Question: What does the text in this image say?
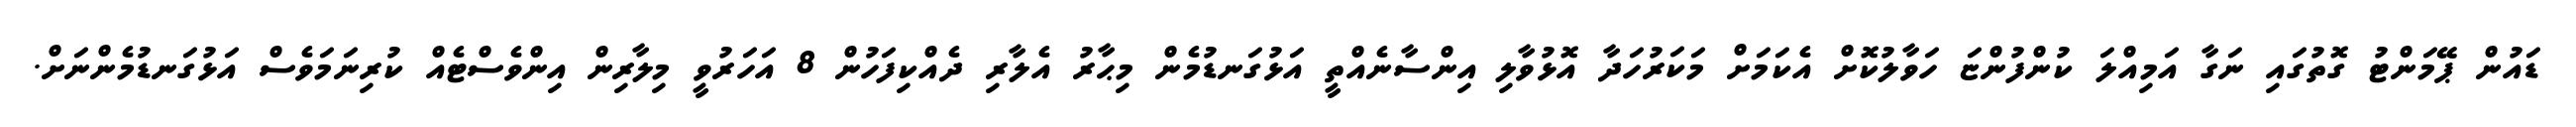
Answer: ޑައުން ޕޭމަންޓު ގޮތުގައި ނަގާ އަމިއްލަ ކުންފުންޏަ ހަވާލުކޮށް އެކަމަށް މަކަރުހަދާ އޮޅުވާލި އިންސާނެއްތީ އަޅުގަނޑުމެން މިޙާރު އެލާރި ދެއްކިފަހުން 8 އަހަރުވީ މިލާރިން އިންވެސްޓެއް ކުރިނަމަވެސް އަޅުގަނޑުމެންނަށް.